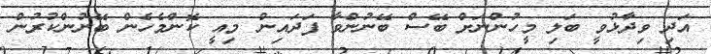
އަދި ވިދާޅުވީ ބަލި މީހުންނަށް ބޭސް ބޭނުންވާ ފަދައިން މިއީ ކޮންމެހެން ބޭނުންކުރުން